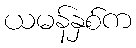
ယမန်နှစ်က